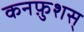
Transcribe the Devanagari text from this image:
कनफ़ुशस्